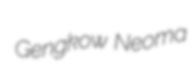
Gengkow Neoma